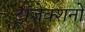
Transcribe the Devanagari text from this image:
ट्रांजेक्शनों